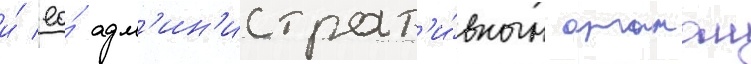
и́ ео́ адм'ин'истрат'и́вным органом